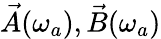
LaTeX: \vec{A}(\omega_{a}),\vec{B}(\omega_{a})